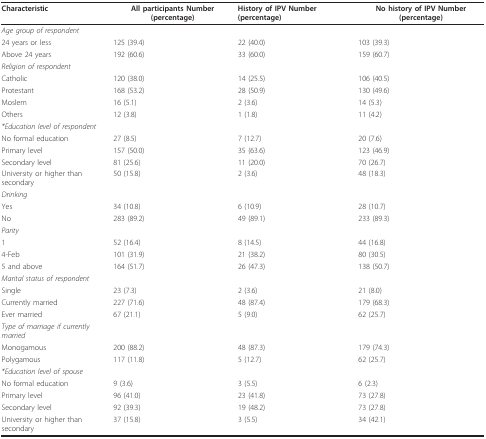
<table><thead><tr><td><b>Characteristic</b></td><td><b>All participants Number (percentage)</b></td><td><b>History of IPV Number (percentage)</b></td><td><b>No history of IPV Number (percentage)</b></td></tr></thead><tbody><tr><td><i>Age group of respondent</i></td><td></td><td></td><td></td></tr><tr><td>24 years or less</td><td>125 (39.4)</td><td>22 (40.0)</td><td>103 (39.3)</td></tr><tr><td>Above 24 years</td><td>192 (60.6)</td><td>33 (60.0)</td><td>159 (60.7)</td></tr><tr><td><i>Religion of respondent</i></td><td></td><td></td><td></td></tr><tr><td>Catholic</td><td>120 (38.0)</td><td>14 (25.5)</td><td>106 (40.5)</td></tr><tr><td>Protestant</td><td>168 (53.2)</td><td>28 (50.9)</td><td>130 (49.6)</td></tr><tr><td>Moslem</td><td>16 (5.1)</td><td>2 (3.6)</td><td>14 (5.3)</td></tr><tr><td>Others</td><td>12 (3.8)</td><td>1 (1.8)</td><td>11 (4.2)</td></tr><tr><td><i>*Education level of respondent</i></td><td></td><td></td><td></td></tr><tr><td>No formal education</td><td>27 (8.5)</td><td>7 (12.7)</td><td>20 (7.6)</td></tr><tr><td>Primary level</td><td>157 (50.0)</td><td>35 (63.6)</td><td>123 (46.9)</td></tr><tr><td>Secondary level</td><td>81 (25.6)</td><td>11 (20.0)</td><td>70 (26.7)</td></tr><tr><td>University or higher than secondary</td><td>50 (15.8)</td><td>2 (3.6)</td><td>48 (18.3)</td></tr><tr><td><i>Drinking</i></td><td></td><td></td><td></td></tr><tr><td>Yes</td><td>34 (10.8)</td><td>6 (10.9)</td><td>28 (10.7)</td></tr><tr><td>No</td><td>283 (89.2)</td><td>49 (89.1)</td><td>233 (89.3)</td></tr><tr><td><i>Parity</i></td><td></td><td></td><td></td></tr><tr><td>1</td><td>52 (16.4)</td><td>8 (14.5)</td><td>44 (16.8)</td></tr><tr><td>4-Feb</td><td>101 (31.9)</td><td>21 (38.2)</td><td>80 (30.5)</td></tr><tr><td>5 and above</td><td>164 (51.7)</td><td>26 (47.3)</td><td>138 (50.7)</td></tr><tr><td><i>Marital status of respondent</i></td><td></td><td></td><td></td></tr><tr><td>Single</td><td>23 (7.3)</td><td>2 (3.6)</td><td>21 (8.0)</td></tr><tr><td>Currently married</td><td>227 (71.6)</td><td>48 (87.4)</td><td>179 (68.3)</td></tr><tr><td>Ever married</td><td>67 (21.1)</td><td>5 (9.0)</td><td>62 (25.7)</td></tr><tr><td><i>Type of marriage if currently married</i></td><td></td><td></td><td></td></tr><tr><td>Monogamous</td><td>200 (88.2)</td><td>48 (87.3)</td><td>179 (74.3)</td></tr><tr><td>Polygamous</td><td>117 (11.8)</td><td>5 (12.7)</td><td>62 (25.7)</td></tr><tr><td><i>*Education level of spouse</i></td><td></td><td></td><td></td></tr><tr><td>No formal education</td><td>9 (3.6)</td><td>3 (5.5)</td><td>6 (2.3)</td></tr><tr><td>Primary level</td><td>96 (41.0)</td><td>23 (41.8)</td><td>73 (27.8)</td></tr><tr><td>Secondary level</td><td>92 (39.3)</td><td>19 (48.2)</td><td>73 (27.8)</td></tr><tr><td>University or higher than secondary</td><td>37 (15.8)</td><td>3 (5.5)</td><td>34 (42.1)</td></tr></tbody></table>